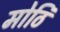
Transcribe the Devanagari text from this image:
मोठि